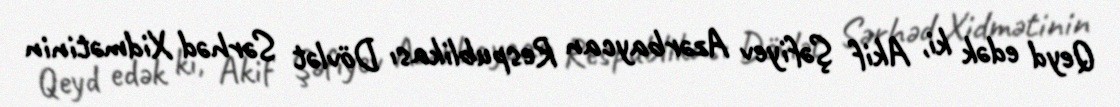
Qeyd edək ki, Akif Şəfiyev Azərbaycan Respublikası Dövlət Sərhəd Xidmətinin